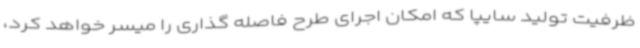
ظرفیت تولید سایپا که امکان اجرای طرح فاصله گذاری را میسر خواهد کرد،